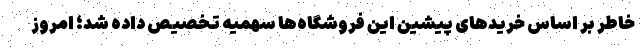
خاطر بر اساس خریدهای پیشین این فروشگاه‌ها سهمیه تخصیص داده شد؛ امروز